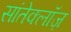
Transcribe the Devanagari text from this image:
सांतेक्लॉज़